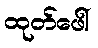
ထုတ်ဖေါ်